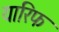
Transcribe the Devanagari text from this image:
यारिफ